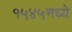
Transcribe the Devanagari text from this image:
१५४५मध्ये